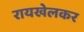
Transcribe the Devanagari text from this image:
रायखेलकर